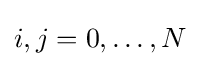
{\textstyle i,j=0,\dots ,N}